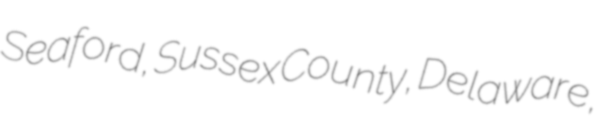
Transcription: Seaford, Sussex County, Delaware,